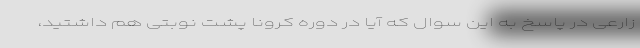
زارعی در پاسخ به این سوال که آیا در دوره کرونا پشت نوبتی هم داشتید،